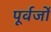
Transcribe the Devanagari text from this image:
पूर्वर्जों